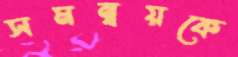
সমন্বয়কে